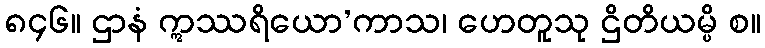
၈၄၆။ ဌာနံ ဣဿရိယော’ကာသ၊ ဟေတူသု ဌိတိယမ္ပိ စ။